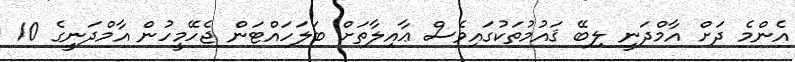
އެންމެ ދަށް އާމްދަނީ ލިބޭ ޤައުމުތަކުގައިވެސް ޢާއިލާތަށް ބަލަހައްޓަން ޖެހޭމީހުން އާމްދަނީގެ 10